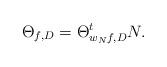
LaTeX: \begin{align*}\Theta_{f,D}=\Theta_{w_Nf,D}^t N.\end{align*}